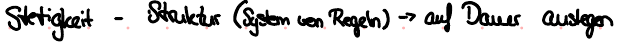
Stetigkeit - Struktur (System von Regeln) -> auf Dauer auslegen